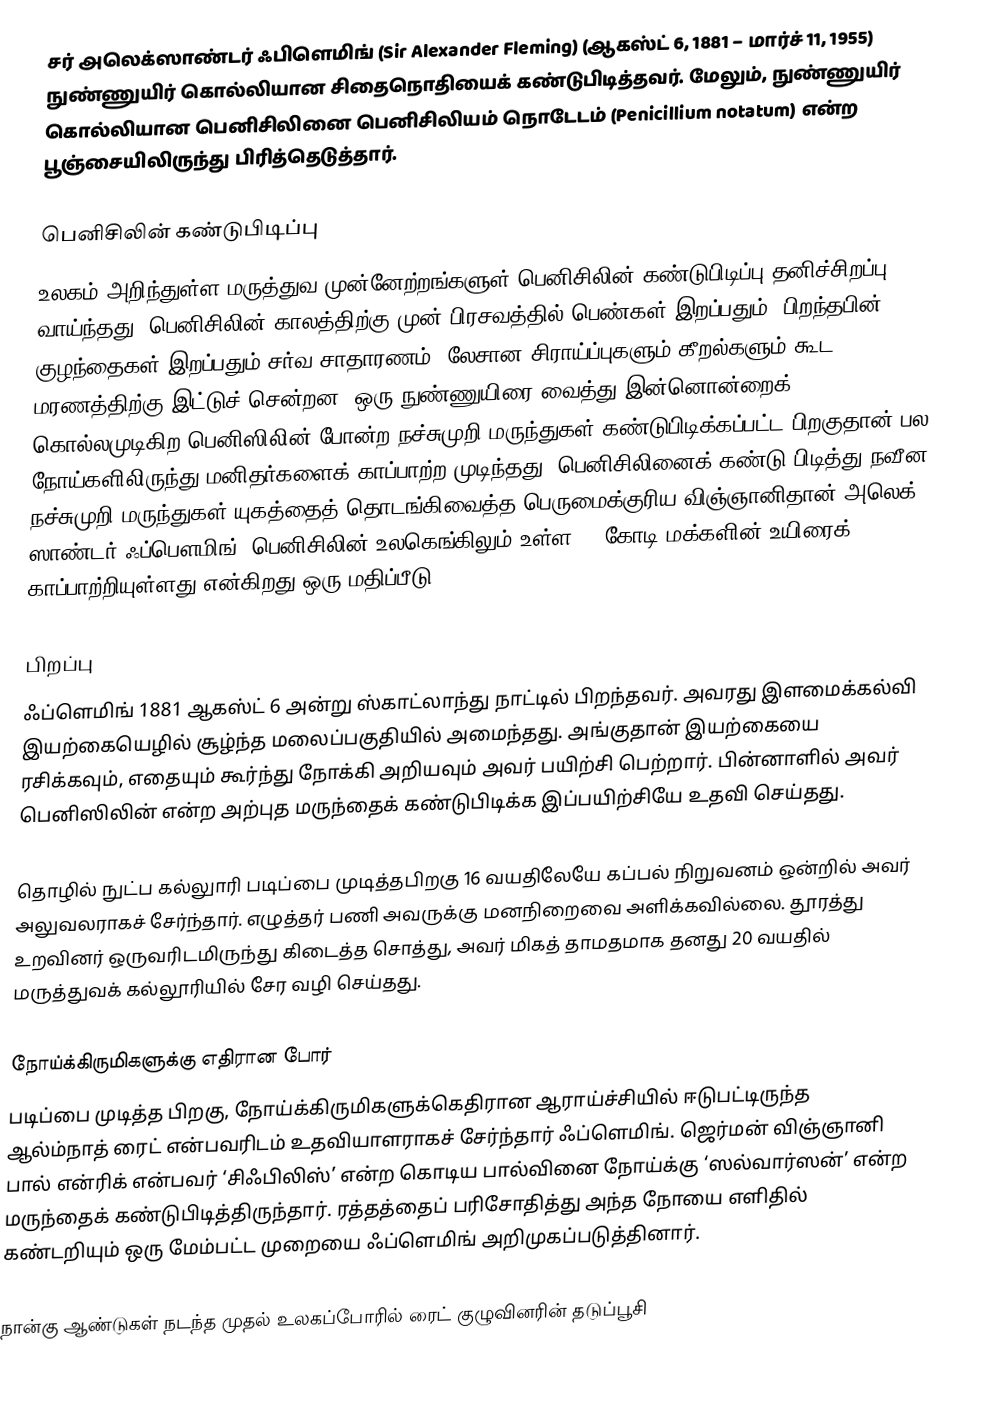
சர் அலெக்ஸாண்டர் ஃபிளெமிங் (Sir Alexander Fleming) (ஆகஸ்ட் 6, 1881 – மார்ச் 11, 1955) நுண்ணுயிர் கொல்லியான சிதைநொதியைக் கண்டுபிடித்தவர். மேலும், நுண்ணுயிர் கொல்லியான பெனிசிலினை பெனிசிலியம் நொடேடம் (Penicillium notatum) என்ற பூஞ்சையிலிருந்து பிரித்தெடுத்தார்.

பெனிசிலின் கண்டுபிடிப்பு
உலகம் அறிந்துள்ள மருத்துவ முன்னேற்றங்களுள் பெனிசிலின் கண்டுபிடிப்பு தனிச்சிறப்பு வாய்ந்தது. பெனிசிலின் காலத்திற்கு முன் பிரசவத்தில் பெண்கள் இறப்பதும், பிறந்தபின் குழந்தைகள் இறப்பதும் சர்வ சாதாரணம். லேசான சிராய்ப்புகளும் கீறல்களும் கூட மரணத்திற்கு இட்டுச் சென்றன. ஒரு நுண்ணுயிரை வைத்து இன்னொன்றைக் கொல்லமுடிகிற பெனிஸிலின் போன்ற நச்சுமுறி மருந்துகள் கண்டுபிடிக்கப்பட்ட பிறகுதான் பல நோய்களிலிருந்து மனிதர்களைக் காப்பாற்ற முடிந்தது. பெனிசிலினைக் கண்டு பிடித்து நவீன நச்சுமுறி மருந்துகள் யுகத்தைத் தொடங்கிவைத்த பெருமைக்குரிய விஞ்ஞானிதான் அலெக் ஸாண்டர் ஃப்பௌமிங். பெனிசிலின் உலகெங்கிலும் உள்ள 20 கோடி மக்களின் உயிரைக் காப்பாற்றியுள்ளது என்கிறது ஒரு மதிப்பீடு.

பிறப்பு
ஃப்ளெமிங் 1881 ஆகஸ்ட் 6 அன்று ஸ்காட்லாந்து நாட்டில் பிறந்தவர். அவரது இளமைக்கல்வி இயற்கையெழில் சூழ்ந்த மலைப்பகுதியில் அமைந்தது. அங்குதான் இயற்கையை ரசிக்கவும், எதையும் கூர்ந்து நோக்கி அறியவும் அவர் பயிற்சி பெற்றார். பின்னாளில் அவர் பெனிஸிலின் என்ற அற்புத மருந்தைக் கண்டுபிடிக்க இப்பயிற்சியே உதவி செய்தது.

தொழில் நுட்ப கல்லுாரி படிப்பை முடித்தபிறகு 16 வயதிலேயே கப்பல் நிறுவனம் ஒன்றில் அவர் அலுவலராகச் சேர்ந்தார். எழுத்தர் பணி அவருக்கு மனநிறைவை அளிக்கவில்லை. தூரத்து உறவினர் ஒருவரிடமிருந்து கிடைத்த சொத்து, அவர் மிகத் தாமதமாக தனது 20 வயதில் மருத்துவக் கல்லூரியில் சேர வழி செய்தது.

நோய்க்கிருமிகளுக்கு எதிரான போர்
படிப்பை முடித்த பிறகு, நோய்க்கிருமிகளுக்கெதிரான ஆராய்ச்சியில் ஈடுபட்டிருந்த ஆல்ம்நாத் ரைட் என்பவரிடம் உதவியாளராகச் சேர்ந்தார் ஃப்ளெமிங். ஜெர்மன் விஞ்ஞானி பால் என்ரிக் என்பவர் ‘சிஃபிலிஸ்’ என்ற கொடிய பால்வினை நோய்க்கு  ‘ஸல்வார்ஸன்’ என்ற மருந்தைக் கண்டுபிடித்திருந்தார். ரத்தத்தைப் பரிசோதித்து அந்த நோயை எளிதில் கண்டறியும் ஒரு மேம்பட்ட முறையை ஃப்ளெமிங் அறிமுகப்படுத்தினார்.

நான்கு ஆண்டுகள் நடந்த முதல் உலகப்போரில் ரைட் குழுவினரின் தடுப்பூசி